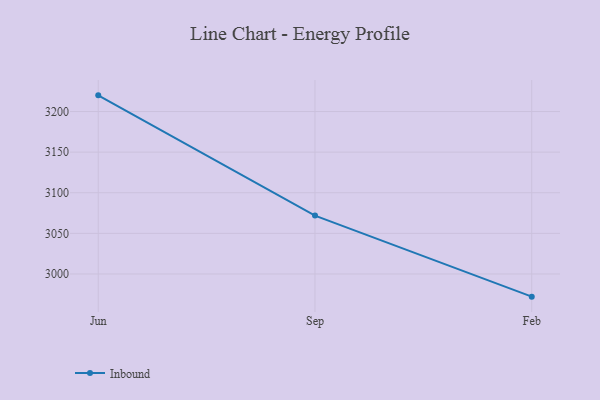
{"axis": {"x": "Month", "y": "Page Views"}, "legend": ["Inbound"], "data": [{"x": "Jun", "y": 3219.9, "type": "Inbound"}, {"x": "Sep", "y": 3071.9, "type": "Inbound"}, {"x": "Feb", "y": 2972.1, "type": "Inbound"}]}